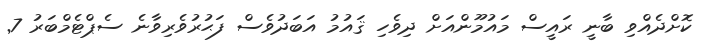
ކޮށްދެއްވި ބާނީ ރައީސް މައުމޫންއަށް ދިވެހި ޤައުމު އަބަދުވެސް ފަޙުރުވެރިވާނެ ސެޕްޓެމްބަރު 7